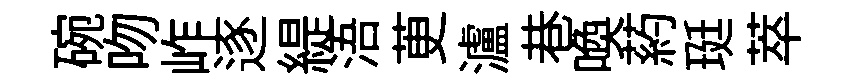
碗吻岞逐緹浯茰瀘巷喚葯珽萃